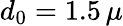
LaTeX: d_{0}=1.5\, \mu